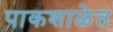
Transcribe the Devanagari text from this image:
पाकशाळेत